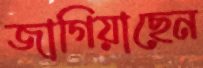
জাগিয়াছেন